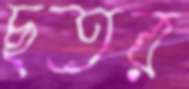
ছতর